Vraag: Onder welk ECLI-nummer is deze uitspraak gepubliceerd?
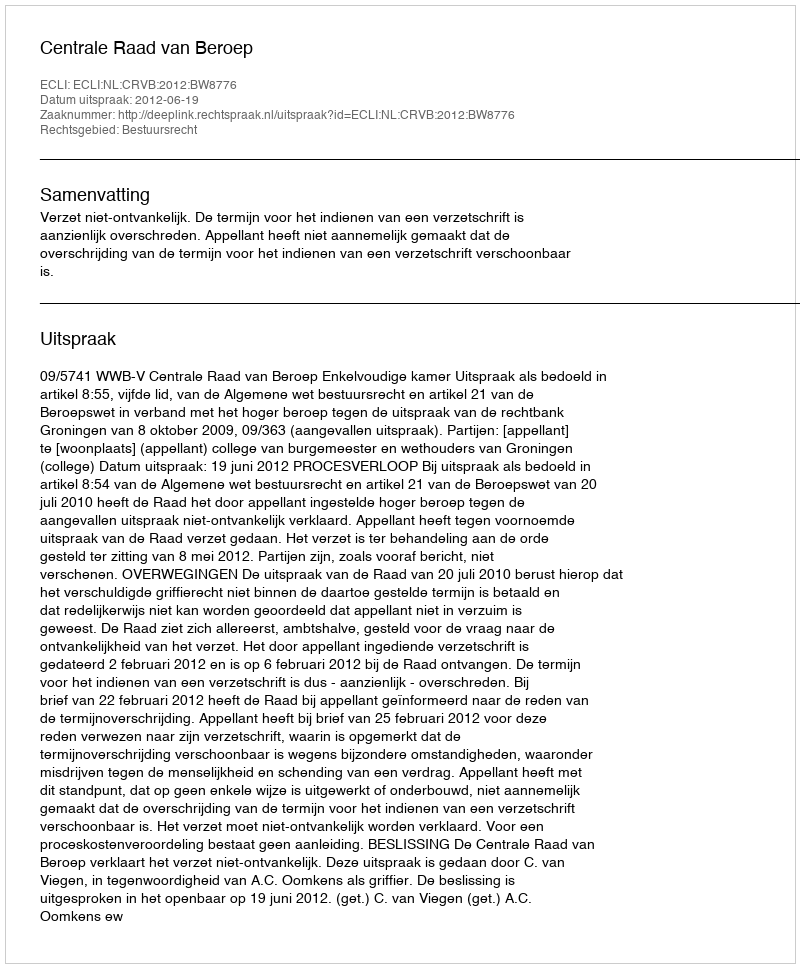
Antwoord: ECLI:NL:CRVB:2012:BW8776